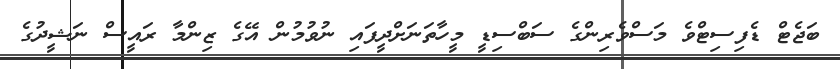
ބަޖެޓް ޑެފިސިޓްވެ މަސްވެރިންގެ ސަބްސިޑީ މީހާތަނަށްދީފައި ނުވުމުން އޭގެ ޒިންމާ ރައީސް ނަޝީދުގެ